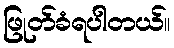
ဖြုတ်ခံရပါတယ်။